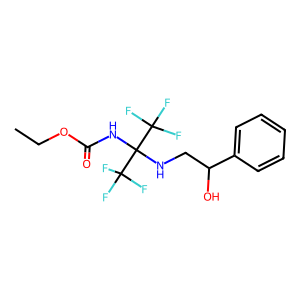
SMILES: CCOC(=O)NC(NCC(O)c1ccccc1)(C(F)(F)F)C(F)(F)F
Inhibits HIV replication: No